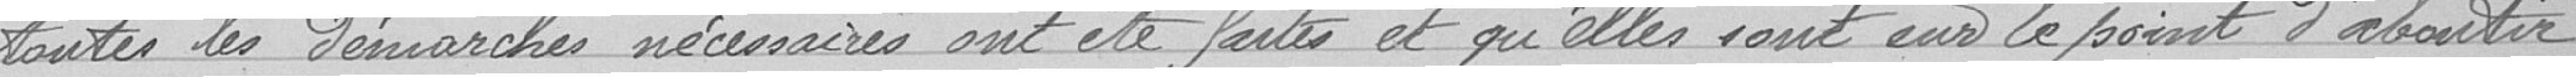
toutes les démarches nécessaires ont été faites et qu'elles sont sur le point d'aboutir.